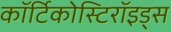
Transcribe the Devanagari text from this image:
कॉर्टिकोस्टिरॉइड्स